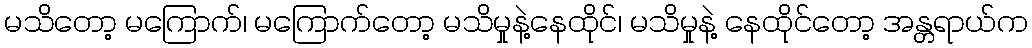
မသိတော့ မကြောက်၊ မကြောက်တော့ မသိမှုနဲ့နေထိုင်၊ မသိမှုနဲ့ နေထိုင်တော့ အန္တရာယ်က